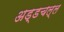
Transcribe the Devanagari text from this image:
अड्डचल्ल